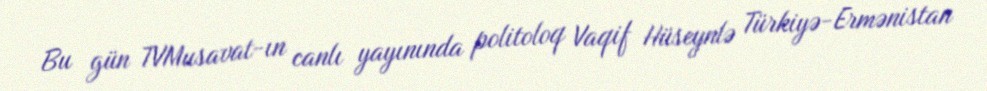
Bu gün TVMusavat-ın canlı yayınında politoloq Vaqif Hüseynlə Türkiyə-Ermənistan